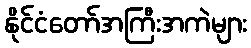
နိုင်ငံတော်အကြီးအကဲများ